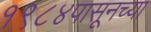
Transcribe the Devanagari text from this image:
१९८४पासूनच्या